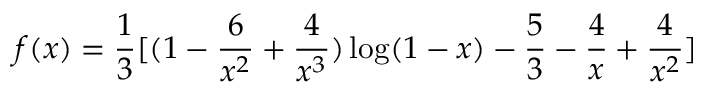
f ( x ) = { \frac { 1 } { 3 } } [ ( 1 - { \frac { 6 } { x ^ { 2 } } } + { \frac { 4 } { x ^ { 3 } } } ) \log ( 1 - x ) - { \frac { 5 } { 3 } } - { \frac { 4 } { x } } + { \frac { 4 } { x ^ { 2 } } } ]